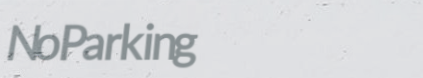
NoParking